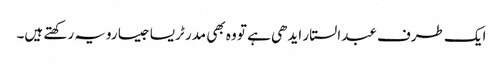
ایک طرف عبدالستار ایدھی ہے تو وہ بھی مدر ٹریسا جیسا رویہ رکھتے ہیں۔